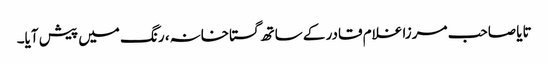
تایا صاحب مرزا غلام قادر کے ساتھ گستاخانہ، رنگ میں پیش آیا۔